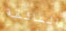
الفائقة